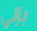
بإني